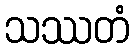
သဿတံ